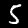
Label: 5